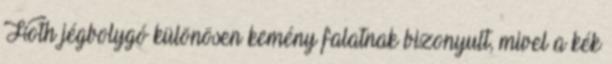
Hoth jégbolygó különösen kemény falatnak bizonyult, mivel a kék